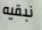
نبقيه